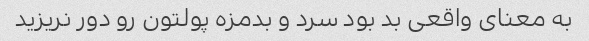
به معنای واقعی بد بود سرد و بدمزه پولتون رو دور نریزید